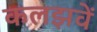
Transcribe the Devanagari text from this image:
कलझवें